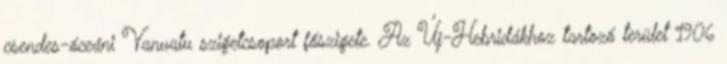
csendes-óceáni Vanuatu szigetcsoport főszigete. Az Új-Hebridákhoz tartozó terület 1906